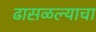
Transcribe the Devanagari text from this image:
ढासळल्याचा